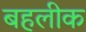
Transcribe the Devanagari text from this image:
बहलीक